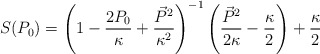
\begin{align*} S(P_{0})=\left(1 - \frac{2P_{0}}{\kappa} + \frac{\vec{P}^{2}}{\kappa^{2}}\right)^{-1} \left(\frac{\vec{P}^{2}}{2\kappa} - \frac{\kappa}{2}\right) + \frac{\kappa}{2}\end{align*}